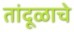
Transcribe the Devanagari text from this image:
तांदूळाचे